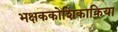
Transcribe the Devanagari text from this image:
भक्षककोशिकाक्रिया